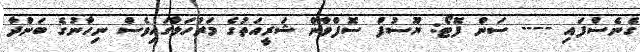
ގެނެސްފައި ---- ސަން ފޮޓޯ: ޔޫސުފް ސޮފްވާން ޝަރީއަތުގެ މަރުހަލާގައިވެސް ނިހާނުގެ ބަންދާ